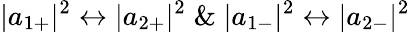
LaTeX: |a_{1+}|^{2}\leftrightarrow|a_{2+}|^{2}\; \& \; |a_{1-}|^{2}\leftrightarrow|a_{2-}|^{2}